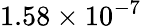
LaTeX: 1.58\times 10^{-7}